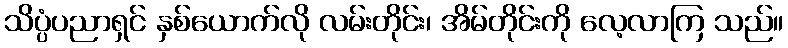
သိပ္ပံပညာရှင် နှစ်ယောက်လို လမ်းတိုင်း၊ အိမ်တိုင်းကို လေ့လာကြ သည်။